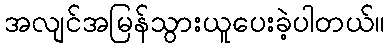
အလျင်အမြန်သွားယူပေးခဲ့ပါတယ်။